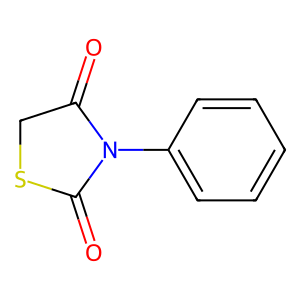
SMILES: O=C1CSC(=O)N1c1ccccc1
Inhibits HIV replication: No